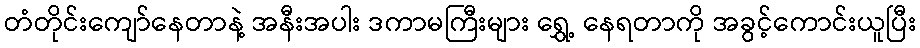
တံတိုင်းကျော်နေတာနဲ့ အနီးအပါး ဒကာမကြီးများ ရွှေ့ နေရတာကို အခွင့်ကောင်းယူပြီး